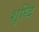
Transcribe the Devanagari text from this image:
शृध्दि